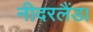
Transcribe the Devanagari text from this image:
नीदरलैंड।